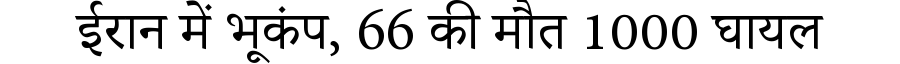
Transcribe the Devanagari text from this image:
ईरान में भूकंप, 66 की मौत 1000 घायल